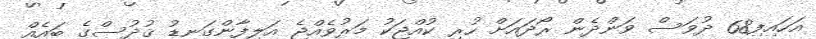
އަހައިފި68 ދުވަސް ވަންދެން ރޯދައަށް ހުރި ކުއްޖަކު މަރުވެއްޖެ އަލިފާންގަނޑު ޤުދުސްގެ ބައެއް